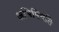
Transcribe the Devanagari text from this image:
अभिषिंचति